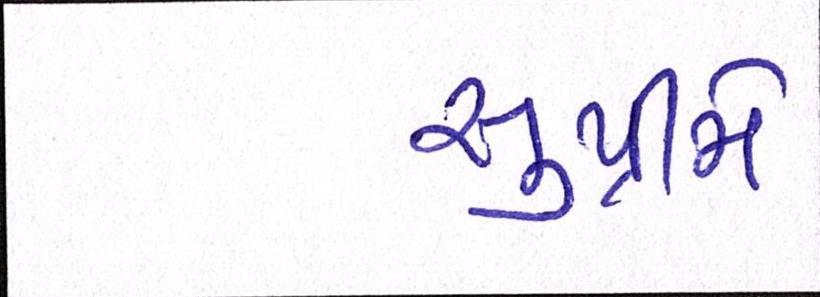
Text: સુપ્રીમે